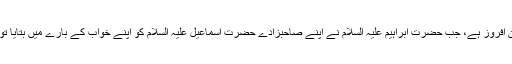
سیدنا اسماعیل علیہ السلام کی قربانی کا واقعہ بہت ایمان افروز ہے، جب حضرت ابراہیم علیہ السلام نے اپنے صاحبزادے حضرت اسماعیل علیہ السلام کو اپنے خواب کے بارے میں بتایا تو انہوں نے کمال فرمانبرداری سے سر تسلیم خم کر دیا۔